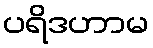
ပရိဒဟာမ